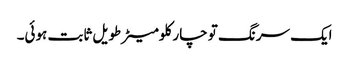
ایک سرنگ تو چار کلومیٹرطویل ثابت ہوئی۔